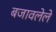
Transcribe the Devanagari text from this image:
बजावलेले